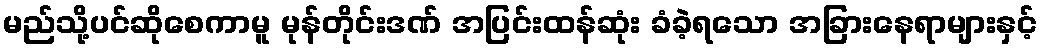
မည်သို့ပင်ဆိုစေကာမူ မုန်တိုင်းဒဏ် အပြင်းထန်ဆုံး ခံခဲ့ရသော အခြားနေရာများနှင့်